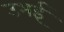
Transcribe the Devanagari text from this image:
उभई